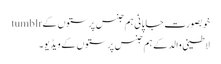
خوبصورت جاپانی ہم جنس پرستوں کے tumblr
لاطینی والد کے ہم جنس پرستوں کے ویڈیو۔